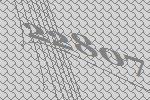
22807